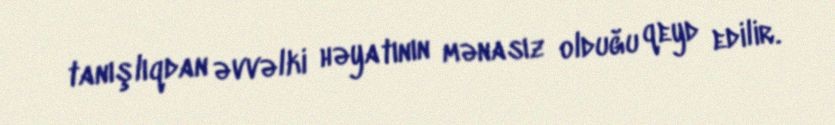
tanışlıqdan əvvəlki həyatının mənasız olduğu qeyd edilir.